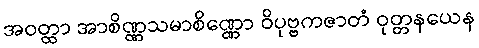
အဝတ္ထာ အာစိဏ္ဏသမာစိဏ္ဏော ဝိပုဗ္ဗကဇာတံ ဝုတ္တနယေန